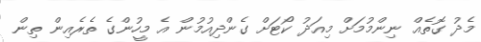
މެދު ގޮތެއް ނިންމުމަށް މިއަދު ކޯޓަށް ގެންދިއުމުން އެ މީހުންގެ ތެރެއިން ތިން